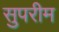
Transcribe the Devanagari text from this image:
सुपरीम